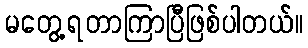
မတွေ့ရတာကြာပြီဖြစ်ပါတယ်။